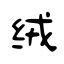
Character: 绒